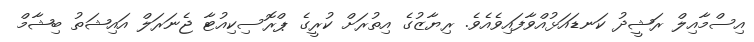
އިސްމާއިލް ރަޝީދު ކަނޑައަޅުއްވާފައިވެއެވެ. ރިޔާޒުގެ އިތުރަށް ކުރީގެ ޕްރޮސިކިއުޓާ ޖެނަރަލް އައިޝަތު ބިޝާމް